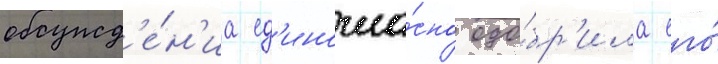
обсужд'е́н'иа ед'иногла́сно одо́бр'ила его́